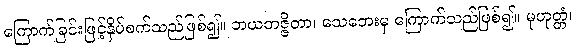
ကြောက်ခြင်းဖြင့်နှိပ်စက်သည်ဖြစ်၍။ ဘယတဇ္ဇိတာ၊ သေဘေးမှ ကြောက်သည်ဖြစ်၍။ မုဟုတ္တံ၊